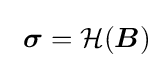
\ {\boldsymbol {\sigma }}={\mathcal {H}}({\boldsymbol {B}})